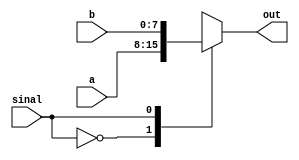
module mux21(a,b, out, sinal);
	input[7:0]a,b;
	input sinal;
	output reg [7:0] out;
	
	   initial begin

        $display("Testando MUX...");
        $monitor(" sinal = %b     a = %b  b = %b  saida 1 = %b ", sinal, a, b,out);
        end
	
	
	always@(*)
		begin case(sinal)
					1'b0: out = a;
					1'b1: out = b;
				endcase
		end
endmodule